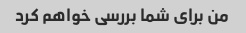
من برای شما بررسی خواهم کرد